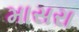
માસરા